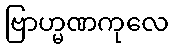
ဗြာဟ္မဏကုလေ